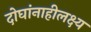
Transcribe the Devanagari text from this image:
दोघांनाहीलक्ष्य